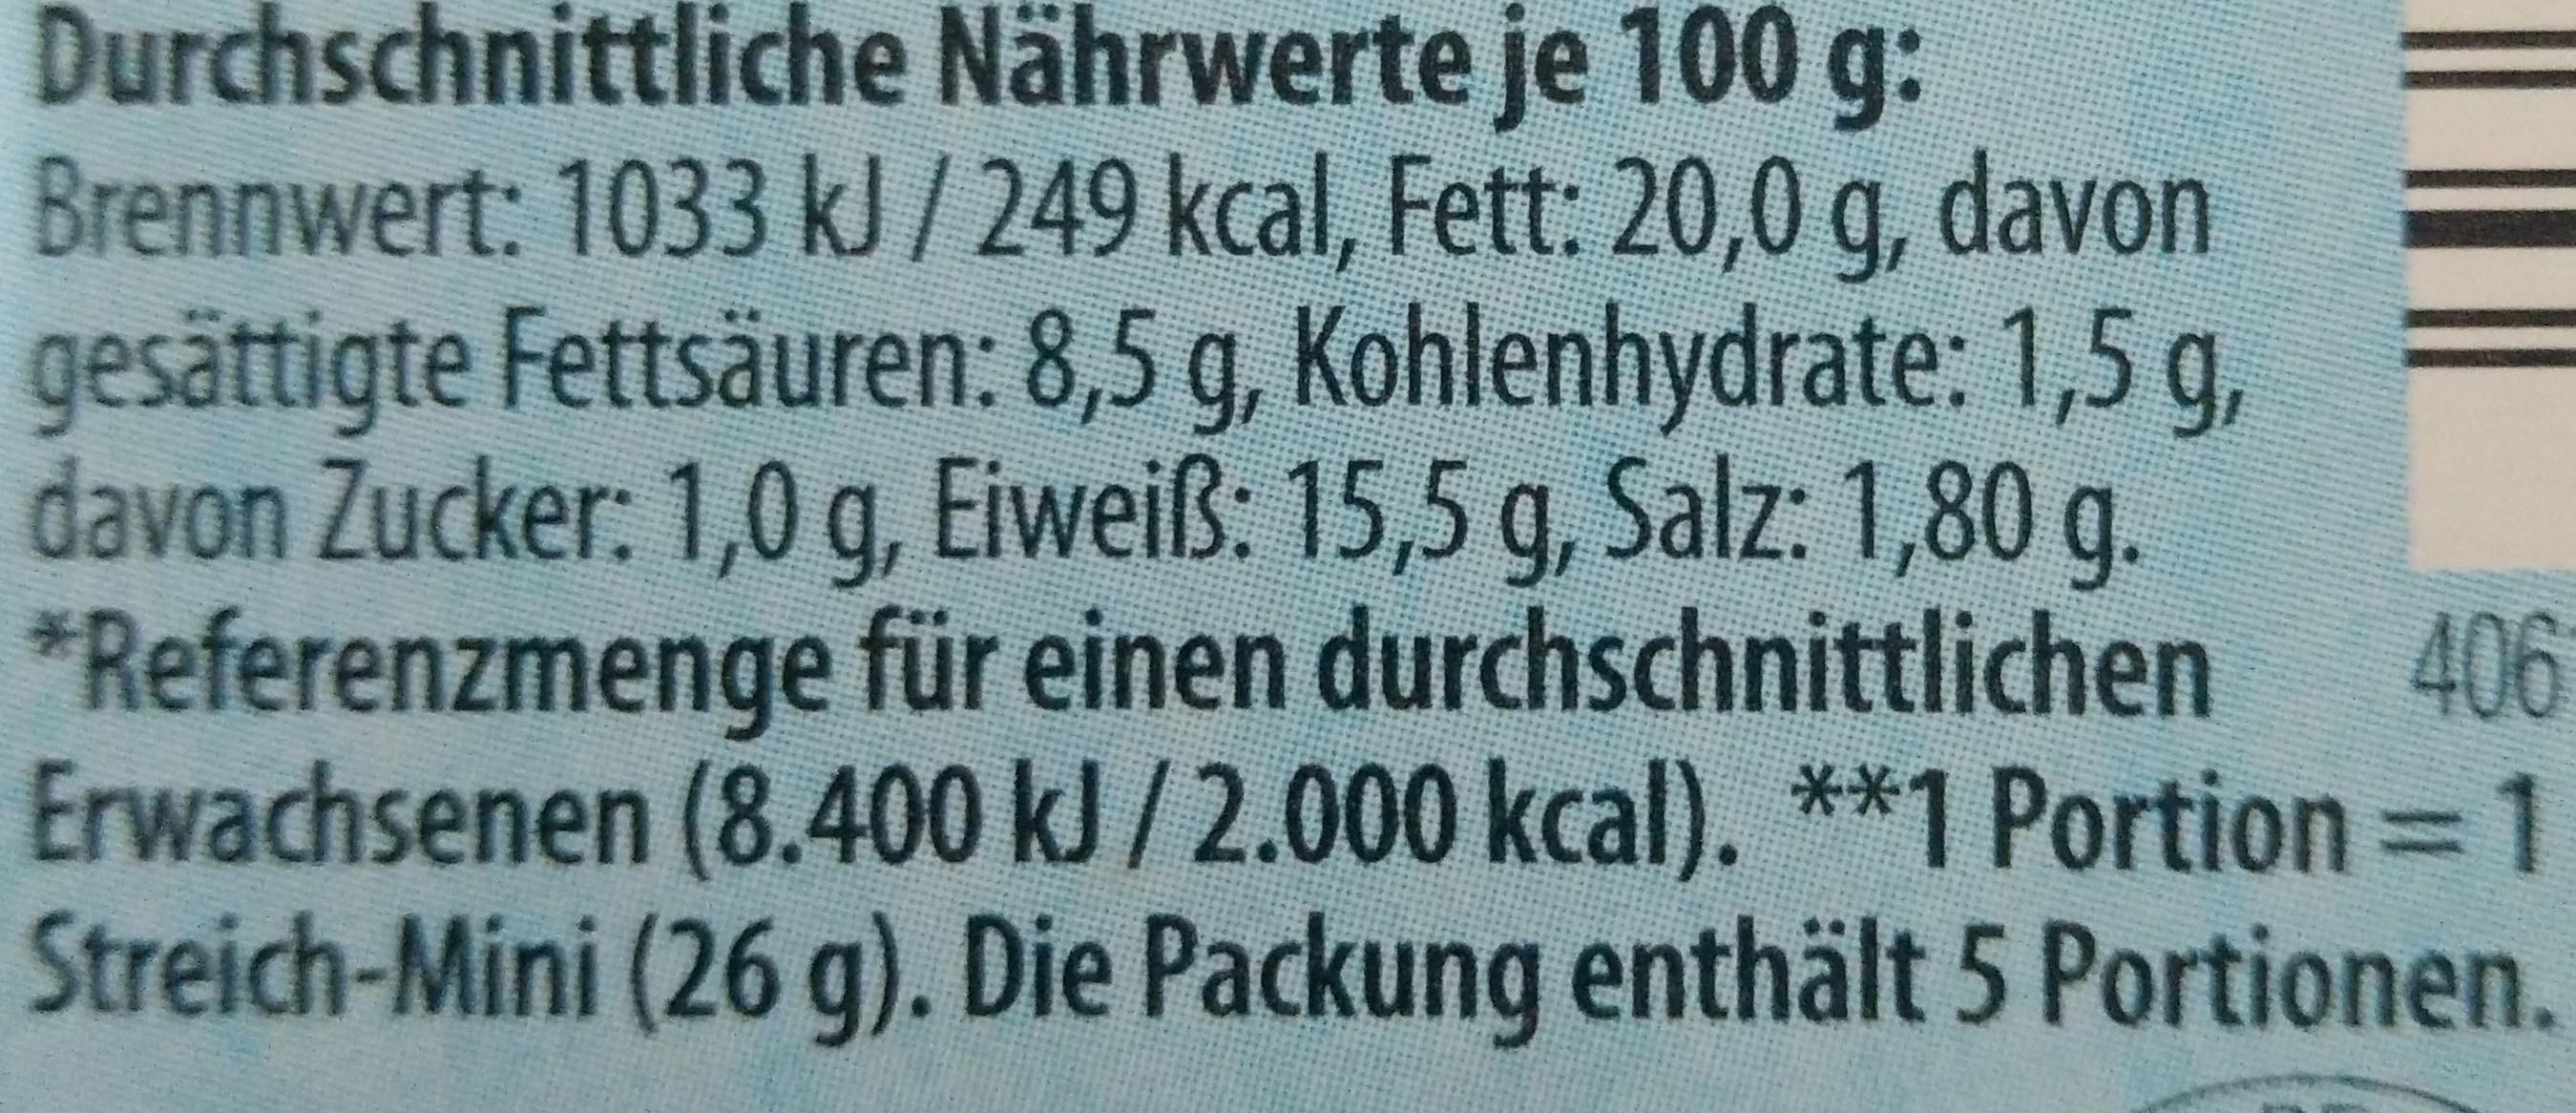
Durchschnittliche Nährwerte je 100 g: Brennwert: 1033 kJ/249 kcal, Fett: 20,0 g, davon gesättigte Fettsäuren: 8,5 g, Kohlenhydrate: 1,5 g, davon Zucker: 1,0 g, Eiweiß: 15,5 g, Salz: 1,80 g. 406 *Referenzmenge für einen durchschnittlichen Erwachsenen (8.400 kJ/2.000 kcal). **1 Portion Streich-Mini (26 g). Die Packung enthält 5 Portionen.